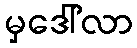
မှဒေါ်လာ